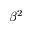
\beta ^ { 2 }